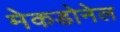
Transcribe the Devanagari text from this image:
मेकडोनेल